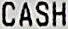
CASH